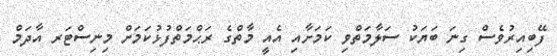
ފޭބިއިރުވެސް ގިނަ ބަޔަކު ސަލާމަތްވި ކަމަށާއި އެއީ މާތްގެ ރަޙްމަތްފުޅުކަމަށް މިނިސްޓަރ އާދަމް